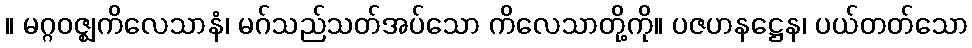
။ မဂ္ဂဝဇ္ဈကိလေသာနံ၊ မဂ်သည်သတ်အပ်သော ကိလေသာတို့ကို။ ပဇဟနဋ္ဌေန၊ ပယ်တတ်သော